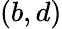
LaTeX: (b,d)